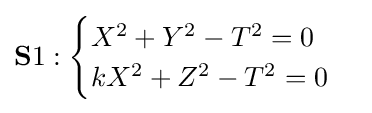
\mathbf {S} 1:{\begin{cases}X^{2}+Y^{2}-T^{2}=0\\kX^{2}+Z^{2}-T^{2}=0\end{cases}}